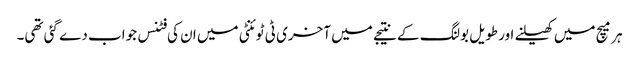
ہر میچ میں کھیلنے اور طویل بولنگ کے نتیجے میں آخری ٹی ٹوئنٹی میں ان کی فٹنس جواب دے گئی تھی۔